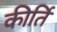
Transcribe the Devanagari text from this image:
कीर्तिं